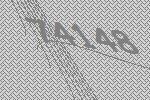
74148